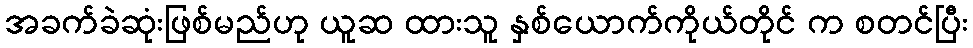
အခက်ခဲဆုံးဖြစ်မည်ဟု ယူဆ ထားသူ နှစ်ယောက်ကိုယ်တိုင် က စတင်ပြီး